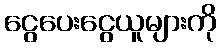
ငွေပေးငွေယူများကို